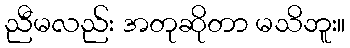
ညီမလည်း အတုဆိုတာ မသိဘူး။